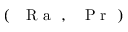
( \mathrm { ~ \textit ~ { ~ R ~ a ~ } ~ } , \mathrm { ~ \textit ~ { ~ P ~ r ~ } ~ } )